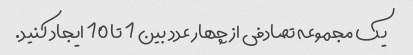
یک مجموعه تصادفی از چهار عدد بین 1 تا 10 ایجاد کنید.